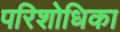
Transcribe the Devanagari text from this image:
परिशोधिका